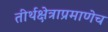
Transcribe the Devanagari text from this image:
तीर्थक्षेत्राप्रमाणेच